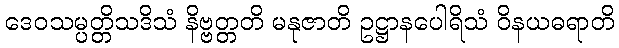
ဒေဝသမ္ပတ္တိသဒိသံ နိဗ္ဗတ္တတိ မနုဇာတိ ဥဋ္ဌာနပေါရိသံ ဝိနယဓရာတိ